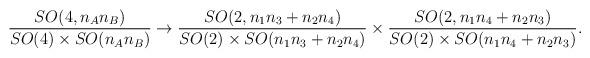
LaTeX: \begin{align*}\frac{SO(4,n_A n_B )}{SO(4) \times SO(n_An_B) } \to\frac{SO(2,n_1 n_3 + n_2 n_4)}{SO(2) \times SO(n_1 n_3 + n_2 n_4) }\times \frac{SO(2,n_1 n_4 + n_2 n_3)}{SO(2) \times SO(n_1 n_4 + n_2 n_3) }.\end{align*}